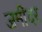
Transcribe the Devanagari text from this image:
जमींदर